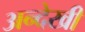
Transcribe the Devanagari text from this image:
अन्देखी